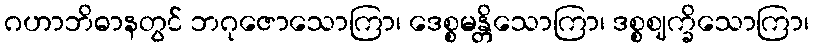
ဂဟာဘိဓာနတွင် ဘဂုဇောသောကြာ၊ ဒေစ္စမန္တိသောကြာ၊ ဒစ္စဈက္ခိသောကြာ၊